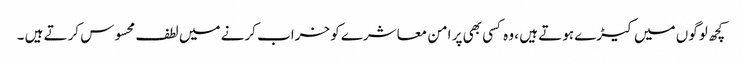
کچھ لوگوں میں کیڑے ہوتے ہیں ، وہ کسی بھی پر امن معاشرے کو خراب کرنے میں لطف محسوس کرتے ہیں ۔